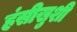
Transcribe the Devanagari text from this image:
हंसीखुशी